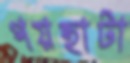
গয়হাটা